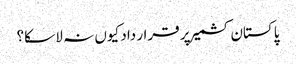
پاکستان کشمیر پر قرار داد کیوں نہ لا سکا؟